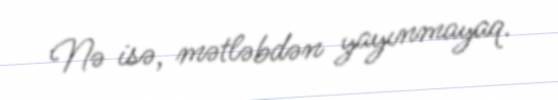
Nə isə, mətləbdən yayınmayaq.